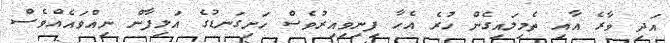
އަދި ވާރެ އާއި ތެމިލައިގެން ހުރެ އެހާ ފިނިވިއިރުވެސް ހަށިގަނޑުގެ އަލިފާން ނިއްވައެއްވެސް